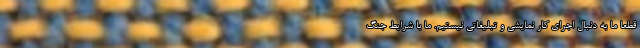
قطعا ما به دنبال اجرای کار نمایشی و تبلیغاتی نیستیم. ما با شرایط جنگ